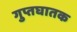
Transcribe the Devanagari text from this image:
गुप्तघातक